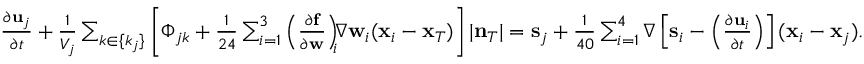
\begin{array} { r } { \frac { \partial { \bf u } _ { j } } { \partial t } + \frac { 1 } { V _ { j } } \sum _ { k \in \{ k _ { j } \} } \left[ \Phi _ { j k } + \frac { 1 } { 2 4 } \sum _ { i = 1 } ^ { 3 } \left( \frac { \partial { \bf f } } { \partial { \bf w } } \right) _ { \! \! i } \! \! \nabla { \bf w } _ { i } ( { \bf x } _ { i } - { \bf x } _ { T } ) \right] | { \bf n } _ { T } | = { \bf s } _ { j } + \frac { 1 } { 4 0 } \sum _ { i = 1 } ^ { 4 } \nabla \left[ { \bf s } _ { i } - \left( \frac { \partial { \bf u } _ { i } } { \partial t } \right) \right] ( { \bf x } _ { i } - { \bf x } _ { j } ) . } \end{array}